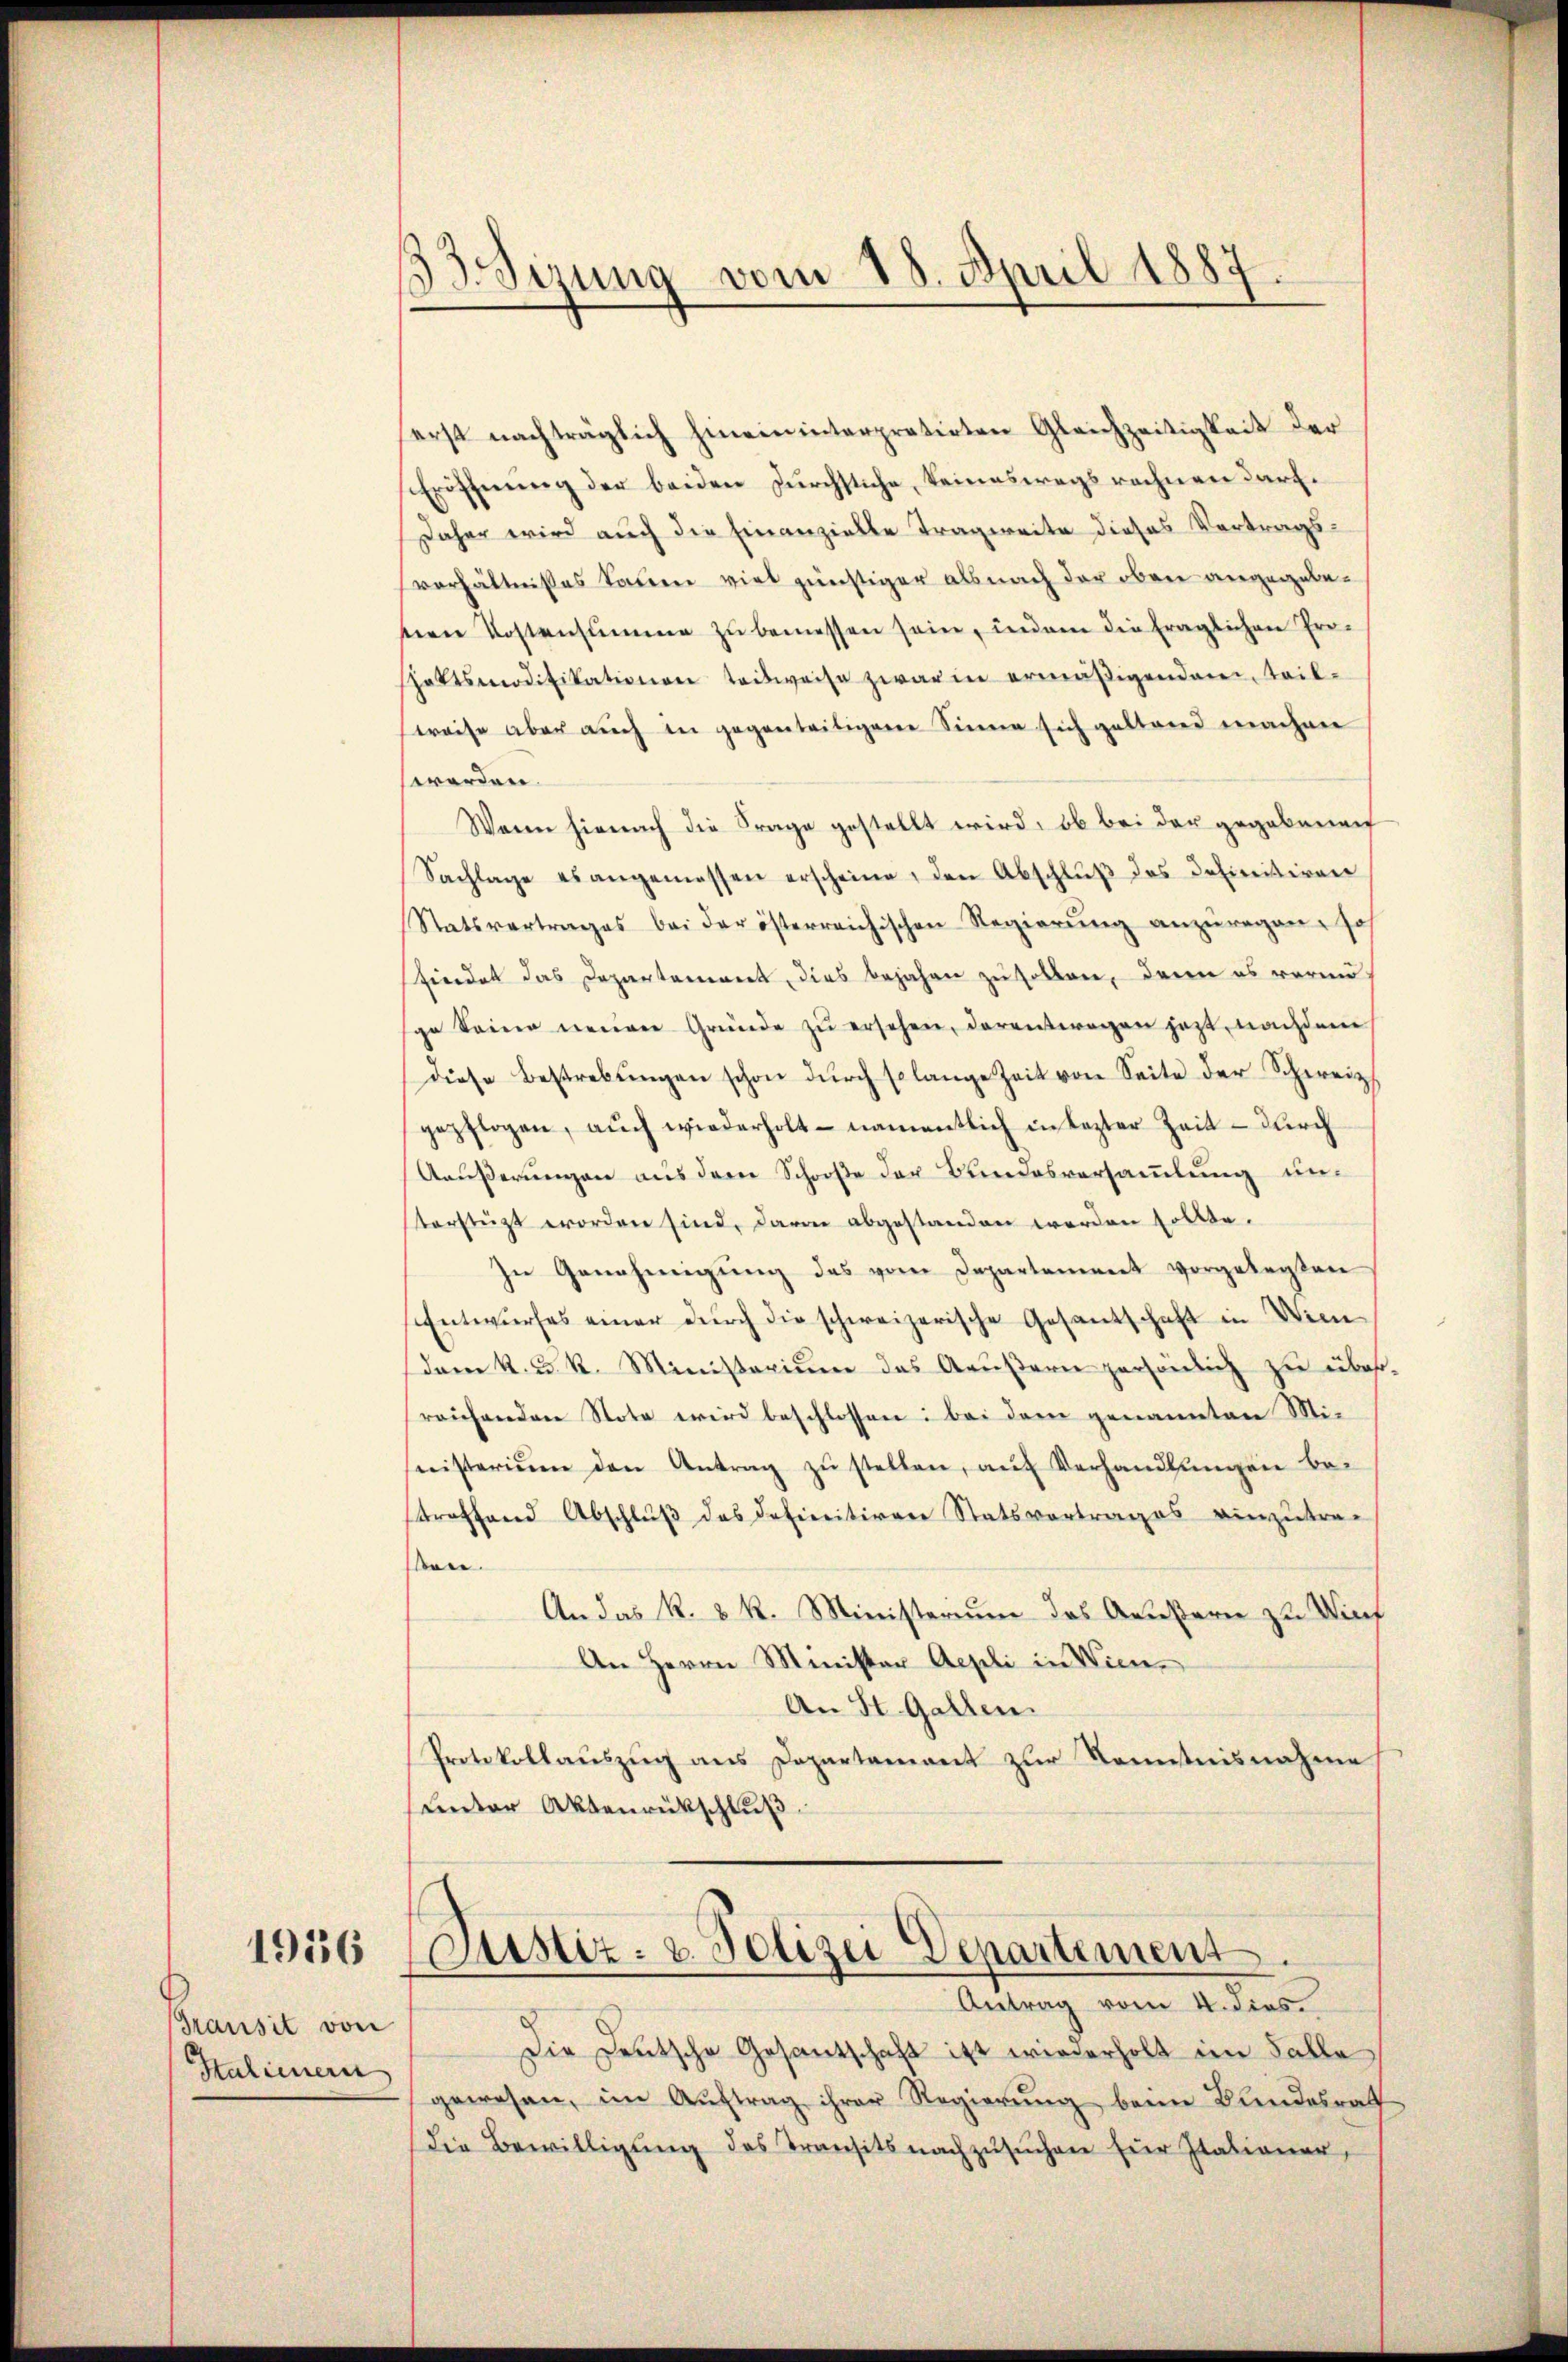
1956

Transit von
Halienern

33. Sizung vom 18. April 1887.

erst nachträglich hineininterpretirten Gleichzeitigkeit der
Eröffnung der beiden Zürchtliche, keineswegs rechnen darf.
Daher wird auch die Einanzielle Tragweite dieses Vertragsverhältnisses Sauer viel günstiger als nach der oben angegebenen Kostenstimme zŭ bemessen sein, indem die fraglichen Pro-
sattsmodifikationen teilweise zwar in ermäβigenden, teil-
Preise aber auch in gegenseitigene Sinne sich geltend machen
werden.
Wann hienach die Frage gestellt wird, ob bei der gegebenen
Sachlage es angemessen erscheine, den Abschlŭβ des Definitiven
Statsvertrages bei der österreichischen Regierŭng anzŭregen, so
findet das Departement, dies bejahen zu sollen, denn es vormund
ge keine neuen Gründe zŭ ersehen, darantwegen jetzt, nachdem
diese Bestrebŭngen schon dŭrch solange Zeit von Seite der Schweiz
gepflogen, auch wiederholt - namentlich in lezter Zeit – durch
Ääußerungen aus dem Schooße der Bundesversammlung unterstüzt worden sind, davon abgestanden worden sollte.
In Genehmigung des vom Departement vorgelegten
Entwurfes einer durch die schweizerische Gesandschaft in Win
dem k. u. k. Ministerium das Aeußern persönlich zu überreichenden Note wird beschlossen: bei dem genannten Mi-
nisterium den Antrag zŭ stellen, aŭf Verhandlungen betreffend Abschluß des definitiven Statsvortrages einzutre-
ben.
An das k. k. k. Ministerium das Aeußern zu Wurf
An Herrn Minister Aepli in Wien,
An St. Gallen.
Protokollauszug aus Departamant zur Sonntensnahme
unter Aktenrückschluß

ustiz- & Polizei Departement.

Antrag vom 4. dies
Die Deutsche Gesantschaft ist wiederholt im Falle
gewesen, im Auftrag ihrer Regierung beim Bundesrath
die Bewilligŭng des Transits nachzŭsŭchen für Italioner,